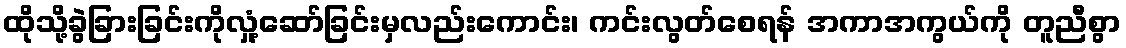
ထိုသို့ခွဲခြားခြင်းကိုလှုံ့ဆော်ခြင်းမှလည်းကောင်း၊ ကင်းလွတ်စေရန် အကာအကွယ်ကို တူညီစွာ